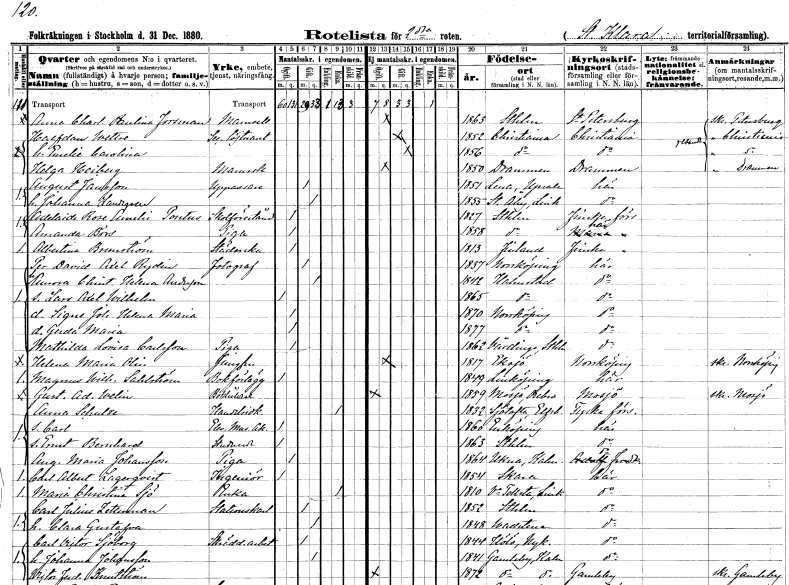
gt_parse: households: individuals: FN: Anna Charlotta Paulina
EN: Forsman
KON: K
CIV: O
FODAR: 1863
FODFORS: Stockholm
FN: Halfdan
EN: Wettre
YRKE: Secundlöjtnant
KON: M
CIV: G
FODAR: 1852
FN: Emelie Carolina
KON: K
CIV: G
FODAR: 1856
FN: Helga
EN: Heiberg
KON: K
CIV: O
FODAR: 1850
FN: August
EN: Jansson
YRKE: Uppassare
KON: M
CIV: G
FODAR: 1851
FODFORS: Lena Uppsala län
FN: Johanna
EN: Landgren
KON: K
CIV: G
FODAR: 1855
FODFORS: Stora Åby Östergötlands län
FN: Adelaide Rose Amelie
EN: Pontus
YRKE: Skolföreståndarinna
KON: K
CIV: O
FODAR: 1827
FODFORS: Stockholm
FN: Amanda
EN: Börs
YRKE: Piga
KON: K
CIV: O
FODAR: 1858
FODFORS: Stockholm
FN: Albertina
EN: Brunström
YRKE: Städerska
KON: K
CIV: O
FODAR: 1813
FN: Per David Axel
EN: Rydin
YRKE: Fotograf
KON: M
CIV: G
FODAR: 1837
FODFORS: Norrköping Östergötlands län
FN: Aurora Christina Helena
EN: Andersson
KON: K
CIV: G
FODAR: 1842
FODFORS: Halmstad Hallands län
FN: Lars Axel Wilhelm
KON: M
CIV: O
FODAR: 1865
FODFORS: Halmstad Hallands län
FN: Signe Johanna Helena Maria
KON: K
CIV: O
FODAR: 1870
FODFORS: Norrköping Östergötlands län
FN: Gerda Maria
KON: K
CIV: O
FODAR: 1877
FODFORS: Norrköping Östergötlands län
FN: Mathilda Lovisa
EN: Carlsson
YRKE: Piga
KON: K
CIV: O
FODAR: 1862
FODFORS: Vårdinge Stockholms län
FN: Helena Maria
EN: Olin
YRKE: Jungfru
KON: K
CIV: O
FODAR: 1817
FODFORS: Eksjö Jönköpings län
FN: Magnus Wilhelm
EN: Sahlström
YRKE: Bokförläggare
KON: M
CIV: O
FODAR: 1849
FODFORS: Linköping Östergötlands län
FN: Gustaf Adolf
EN: Welin
YRKE: Bokhållare
KON: M
CIV: O
FODAR: 1859
FODFORS: Mosjö Örebro län
FN: Anna
EN: Schulze
YRKE: Handelsidkerska
KON: K
CIV: E
FODAR: 1832
FODFORS: Sjötofta Älvsborgs län
FN: Carl
YRKE: Elev vid Musikakademien
KON: M
CIV: O
FODAR: 1860
FODFORS: Enköping Uppsala län
FN: Ernst Bernhard
YRKE: Studerande
KON: M
CIV: O
FODAR: 1863
FODFORS: Stockholm
FN: Augusta Maria
EN: Johansson
YRKE: Piga
KON: K
CIV: O
FODAR: 1864
FODFORS: Ukna Kalmar län
FN: Carl Albert
EN: Lagerqvist
YRKE: Ingenjör
KON: M
CIV: O
FODAR: 1854
FODFORS: Skara Skaraborgs län
FN: Maria Christina
EN: Sjö
YRKE: Änka
KON: K
CIV: E
FODAR: 1810
FODFORS: Västra Tollstad Östergötlands län
FN: Carl Julius
EN: Zetterman
YRKE: Stationskarl
KON: M
CIV: G
FODAR: 1852
FODFORS: Stockholm
FN: Clara Gustafva
KON: K
CIV: G
FODAR: 1848
FODFORS: Vadstena Östergötlands län